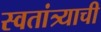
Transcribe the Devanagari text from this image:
स्वतांत्र्याची